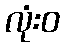
လုံးဝ